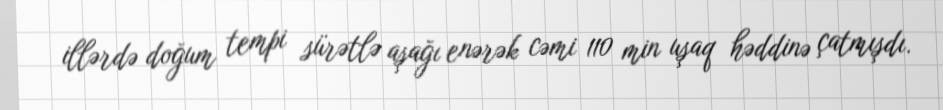
illərdə doğum tempi sürətlə aşağı enərək cəmi 110 min uşaq həddinə çatmışdı.